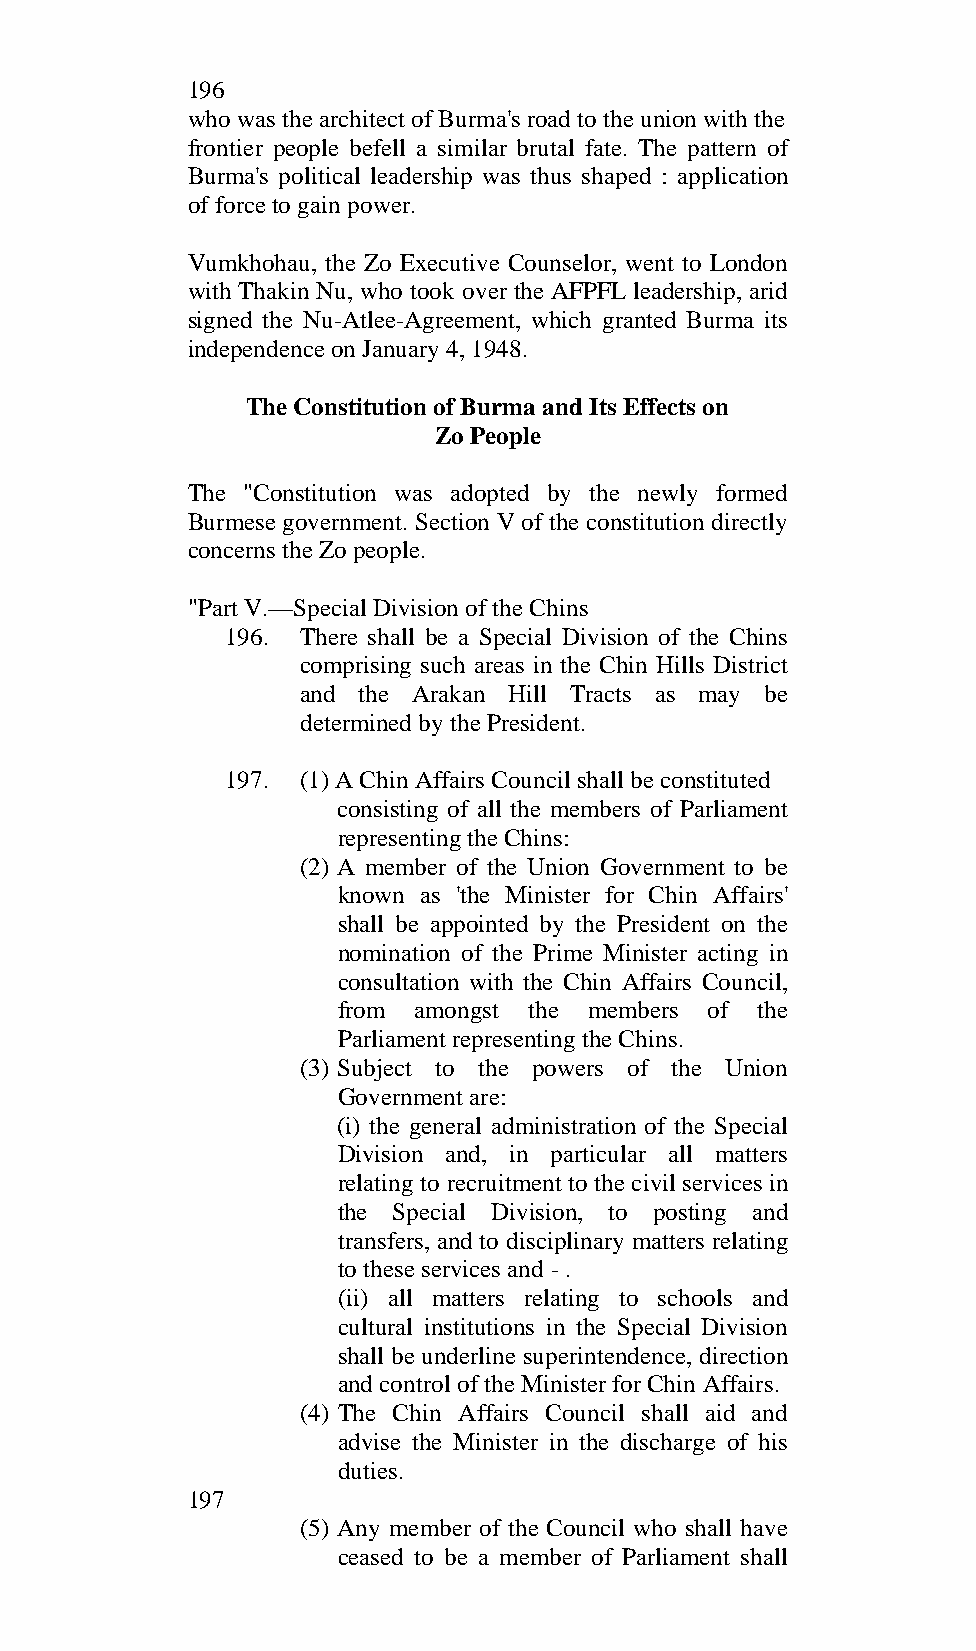
196
 who was the architect of Burma's road to the union with the
 frontier people befell a similar brutal fate. The pattern of
 Burma's political leadership was thus shaped : application
 of force to gain power.
 Vumkhohau, the Zo Executive Counselor, went to London
 with Thakin Nu, who took over the AFPFL leadership, arid
 signed the Nu-Atlee-Agreement, which granted Burma its
 independence on January 4, 1948.
 The Constitution of Burma and Its Effects on
 Zo People
 The "Constitution was adopted by the newly formed
 Burmese government. Section V of the constitution directly
 concerns the Zo people.
 "Part V.—Special Division of the Chins
 196. There shall be a Special Division of the Chins
 comprising such areas in the Chin Hills District
 and the Arakan Hill Tracts as may be
 determined by the President.
 197. (1) A Chin Affairs Council shall be constituted
 consisting of all the members of Parliament
 representing the Chins:
 (2) A member of the Union Government to be
 known as 'the Minister for Chin Affairs'
 shall be appointed by the President on the
 nomination of the Prime Minister acting in
 consultation with the Chin Affairs Council,
 from amongst the members of the
 Parliament representing the Chins.
 (3) Subject to the powers of the Union
 Government are:
 (i) the general administration of the Special
 Division and, in particular all matters
 relating to recruitment to the civil services in
 the Special Division, to posting and
 transfers, and to disciplinary matters relating
 to these services and - .
 (ii) all matters relating to schools and
 cultural institutions in the Special Division
 shall be underline superintendence, direction
 and control of the Minister for Chin Affairs.
 (4) The Chin Affairs Council shall aid and
 advise the Minister in the discharge of his
 duties.
 197
 (5) Any member of the Council who shall have
 ceased to be a member of Parliament shall